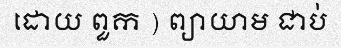
ដោយ ពួក ) ព្យាយាម ជាប់